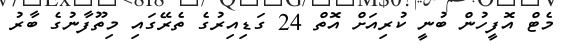
މެޓް އޮފީހުން ބުނީ ކުރިއަށް އޮތް 24 ގަޑިއިރުގެ ތެރޭގައި މިތޫފާނުގެ ބާރު